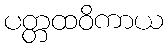
ပတ္တထဝိကာယ